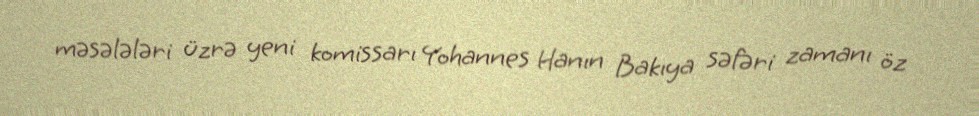
məsələləri üzrə yeni komissarı Yohannes Hanın Bakıya səfəri zamanı öz